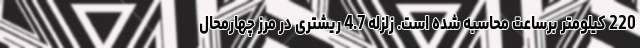
220 کیلومتر برساعت محاسبه شده است. زلزله 4.7 ریشتری در مرز چهارمحال